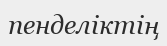
пенделіктің